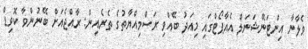
ވެލާނާ އިންޓަނޭޝަނަލް އެއާޕޯޓްގައި މިއަދު ބޭއްވި ރަސްމިއްޔާތުގެ ތެރެއިން: ރާއްޖެއަށް ބޭނުންވާ ކޮވިޑް